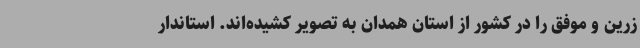
زرین و موفق را در کشور از استان همدان به تصویر کشیده‌اند. استاندار